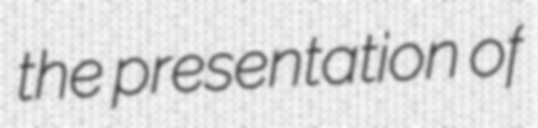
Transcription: the presentation of